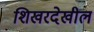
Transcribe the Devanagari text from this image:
शिखरदेखील